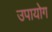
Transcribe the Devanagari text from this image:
उपायोग